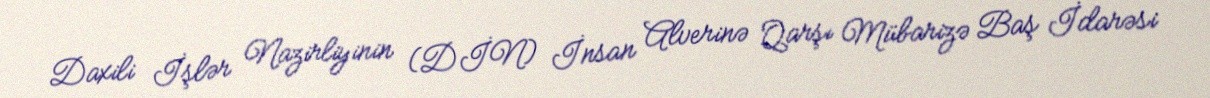
Daxili İşlər Nazirliyinin (DİN) İnsan Alverinə Qarşı Mübarizə Baş İdarəsi